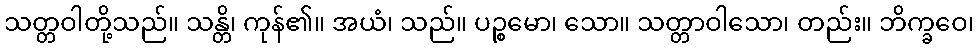
သတ္တဝါတို့သည်။ သန္တိ၊ ကုန်၏။ အယံ၊ သည်။ ပဉ္စမော၊ သော။ သတ္တာဝါသော၊ တည်း။ ဘိက္ခဝေ၊